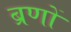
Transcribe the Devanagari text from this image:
ब्रणों